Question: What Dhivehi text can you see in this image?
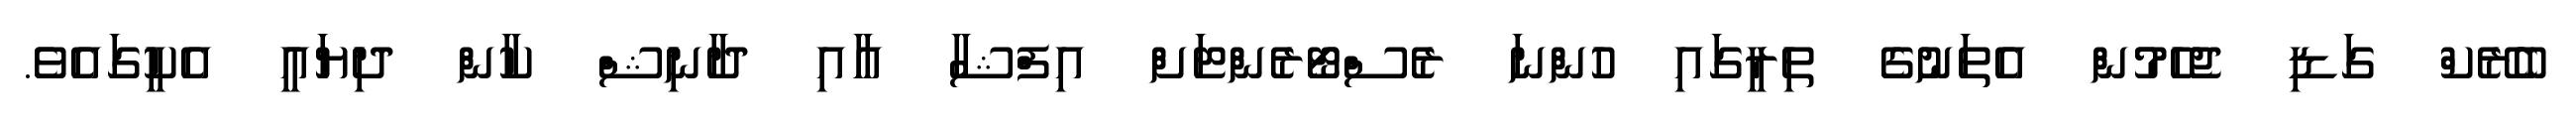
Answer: ބެރޭކް ގަޑި ޖެހެމުން އެތަނުގެ ތިރީގައި ހުންނަ ރެސްޓޯރެންޓަށް އިފްޝާ އާއި ދާނިޝް ކާން ދިޔައީ އެކީގައެވެ.